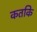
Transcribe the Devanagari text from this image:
कतकि